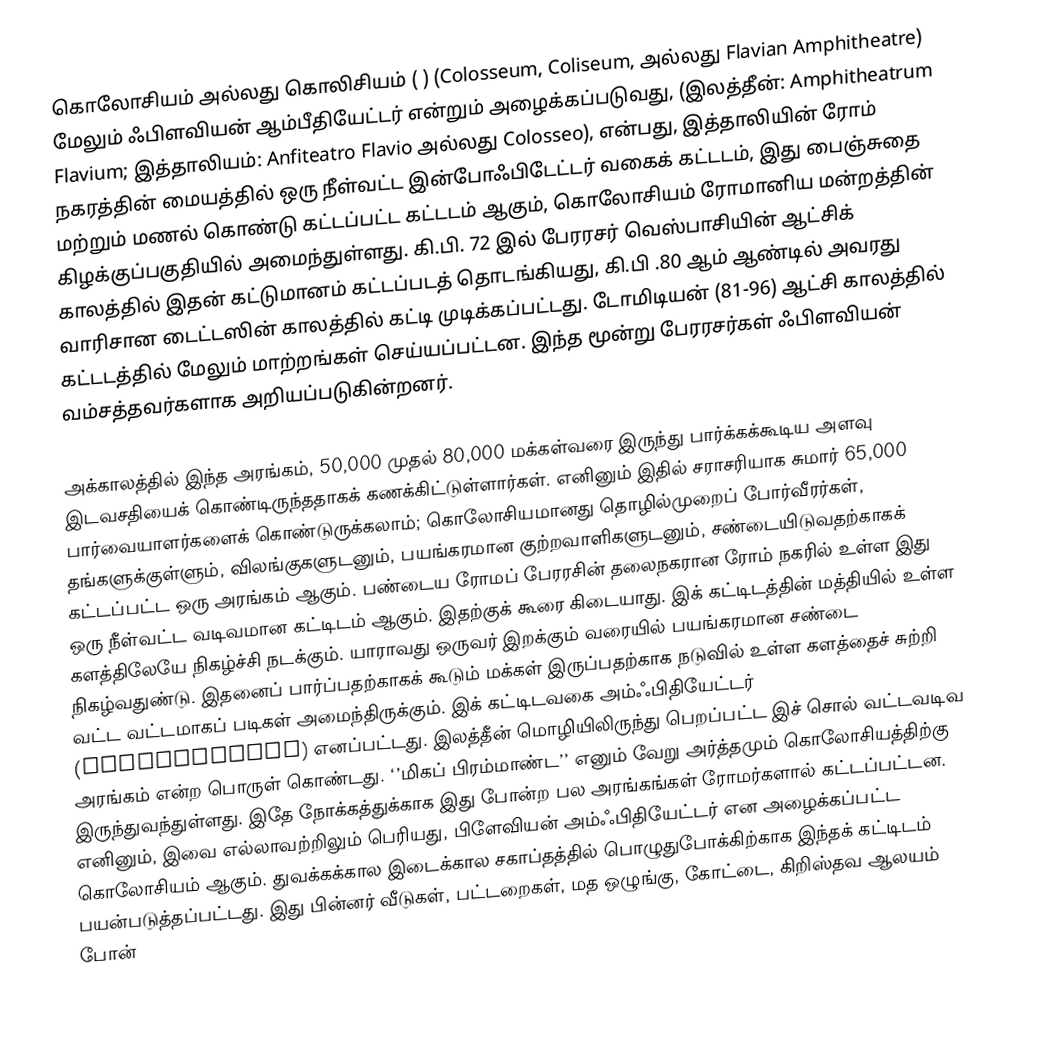
கொலோசியம் அல்லது கொலிசியம் ( ) (Colosseum, Coliseum, அல்லது Flavian Amphitheatre) மேலும் ஃபிளவியன் ஆம்பீதியேட்டர் என்றும் அழைக்கப்படுவது, (இலத்தீன்: Amphitheatrum Flavium; இத்தாலியம்: Anfiteatro Flavio அல்லது Colosseo), என்பது, இத்தாலியின் ரோம் நகரத்தின் மையத்தில் ஒரு நீள்வட்ட இன்போஃபிடேட்டர் வகைக் கட்டடம், இது பைஞ்சுதை மற்றும் மணல் கொண்டு கட்டப்பட்ட கட்டடம் ஆகும், கொலோசியம் ரோமானிய மன்றத்தின் கிழக்குப்பகுதியில் அமைந்துள்ளது. கி.பி. 72 இல் பேரரசர் வெஸ்பாசியின் ஆட்சிக் காலத்தில் இதன் கட்டுமானம் கட்டப்படத் தொடங்கியது, கி.பி .80 ஆம் ஆண்டில் அவரது வாரிசான டைட்டஸின் காலத்தில் கட்டி முடிக்கப்பட்டது. டோமிடியன் (81-96) ஆட்சி காலத்தில் கட்டடத்தில் மேலும் மாற்றங்கள் செய்யப்பட்டன. இந்த மூன்று பேரரசர்கள் ஃபிளவியன் வம்சத்தவர்களாக அறியப்படுகின்றனர்.

அக்காலத்தில் இந்த அரங்கம், 50,000 முதல் 80,000 மக்கள்வரை இருந்து பார்க்கக்கூடிய அளவு இடவசதியைக் கொண்டிருந்ததாகக் கணக்கிட்டுள்ளார்கள். எனினும் இதில் சராசரியாக சுமார் 65,000 பார்வையாளர்களைக் கொண்டுருக்கலாம்; கொலோசியமானது தொழில்முறைப் போர்வீரர்கள், தங்களுக்குள்ளும், விலங்குகளுடனும், பயங்கரமான குற்றவாளிகளுடனும், சண்டையிடுவதற்காகக் கட்டப்பட்ட ஒரு அரங்கம் ஆகும். பண்டைய ரோமப் பேரரசின் தலைநகரான ரோம் நகரில் உள்ள இது ஒரு நீள்வட்ட வடிவமான கட்டிடம் ஆகும். இதற்குக் கூரை கிடையாது. இக் கட்டிடத்தின் மத்தியில் உள்ள களத்திலேயே நிகழ்ச்சி நடக்கும். யாராவது ஒருவர் இறக்கும் வரையில் பயங்கரமான சண்டை நிகழ்வதுண்டு. இதனைப் பார்ப்பதற்காகக் கூடும் மக்கள் இருப்பதற்காக நடுவில் உள்ள களத்தைச் சுற்றி வட்ட வட்டமாகப் படிகள் அமைந்திருக்கும். இக் கட்டிடவகை அம்ஃபிதியேட்டர் (amphitheatre) எனப்பட்டது. இலத்தீன் மொழியிலிருந்து பெறப்பட்ட இச் சொல் வட்டவடிவ அரங்கம் என்ற பொருள் கொண்டது. ‘’மிகப் பிரம்மாண்ட’’ எனும் வேறு அர்த்தமும் கொலோசியத்திற்கு இருந்துவந்துள்ளது. இதே நோக்கத்துக்காக இது போன்ற பல அரங்கங்கள் ரோமர்களால் கட்டப்பட்டன. எனினும், இவை எல்லாவற்றிலும் பெரியது, பிளேவியன் அம்ஃபிதியேட்டர் என அழைக்கப்பட்ட கொலோசியம் ஆகும். துவக்கக்கால இடைக்கால சகாப்தத்தில் பொழுதுபோக்கிற்காக இந்தக் கட்டிடம் பயன்படுத்தப்பட்டது. இது பின்னர் வீடுகள், பட்டறைகள், மத ஒழுங்கு, கோட்டை, கிறிஸ்தவ ஆலயம் போன்